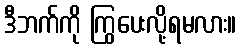
ဒီဘက်ကို ကြွပေးလို့ရမလား။